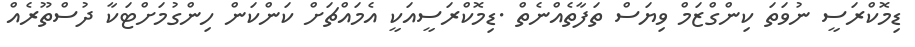
ޑިމޮކްރަސީ ނުވަތަ ކިންގްޒަމް ވިޔަސް ތަފާތެއްނެތް .ޑިމޮކްރަސީއަކީ އެމައްޗަށް ކަންކަން ހިންގުމަށްޓަކާ ދުސްތޫރެއް